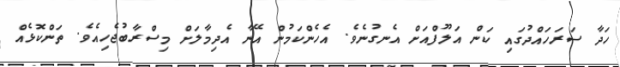
ހަދާ ސަރަހައްދުގައި ކަން އަލޫފްއަށް އެނގުނެވެ. އެހެންކަމުން އޭނާ އެދިމާލަށް މިސްރާބުޖެހިއެވެ. ތަންކޮޅެއް